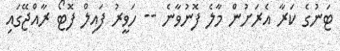
ޓަނުގެ ކަރާ އެރަށުން މާލެ ފޮނުވާނެ -- ހަވީރު ފައިލް ފޮޓޯ ރާއްޖޭގައި